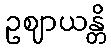
ဥဈာယန္တိ